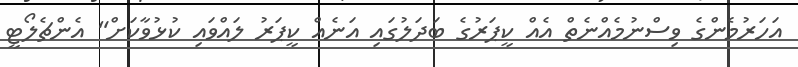
އަހަރުމެންގެ ވިސްނުމެއްނެތް އެއް ކީޕަރުގެ ބަދަލުގައި އަނެއް ކީޕަރު ލައްވައި ކުޅުވާކަށް" އެންޗެލޯޓީ